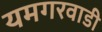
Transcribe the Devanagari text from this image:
यमगरवाडी